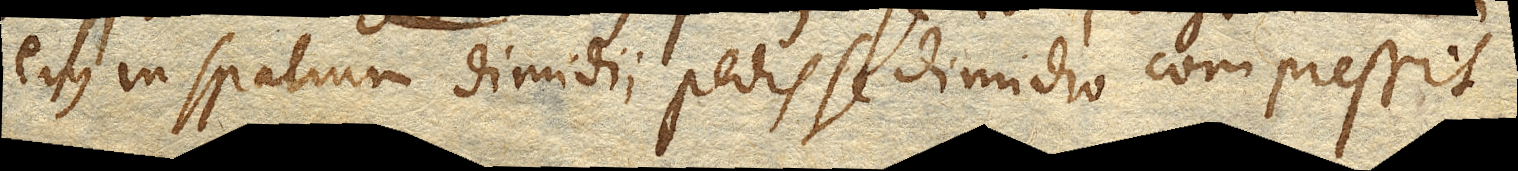
ejus in spatium dimidii pedis se dimidio compressit